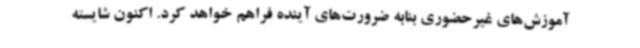
آموزش‌های غیرحضوری بنابه ضرورت‌های آینده فراهم خواهد کرد. اکنون شایسته